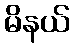
မိနယ်